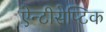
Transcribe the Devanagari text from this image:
ऐन्टीसेप्टिक